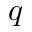
q